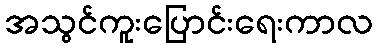
အသွင်ကူးပြောင်းရေးကာလ